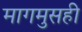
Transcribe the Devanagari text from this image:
मागमुसही